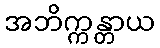
အဘိက္ကန္တာယ